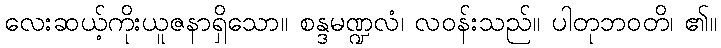
လေးဆယ့်ကိုးယူဇနာရှိသော။ စန္ဒမဏ္ဍလံ၊ လဝန်းသည်။ ပါတုဘဝတိ၊ ၏။